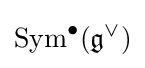
{\text{Sym}}^{\bullet }({\mathfrak {g}}^{\vee })